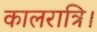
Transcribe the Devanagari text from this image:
कालरात्रि।